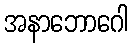
အနာဘောဂေါ